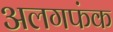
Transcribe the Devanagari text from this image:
अलगफंक